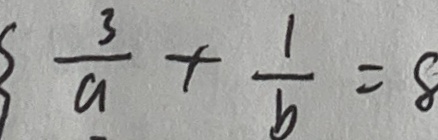
\frac { 3 } { a } + \frac { 1 } { b } = 8